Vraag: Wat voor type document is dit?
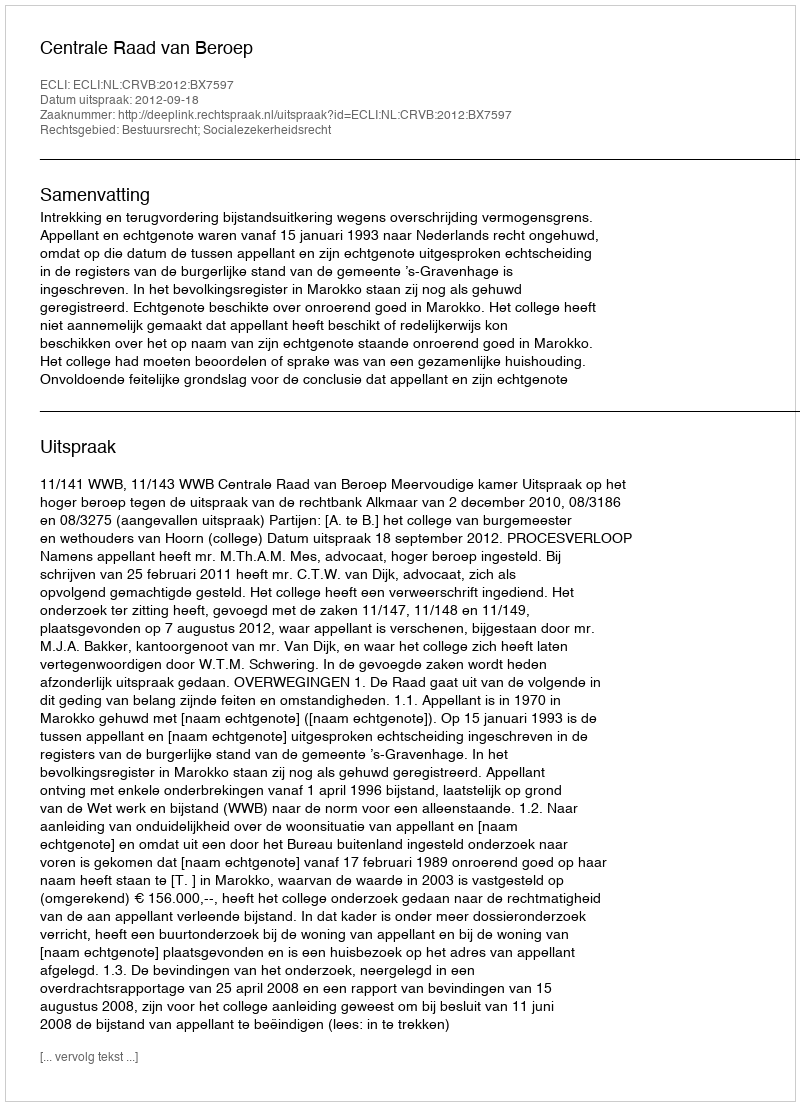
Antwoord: Uitspraak